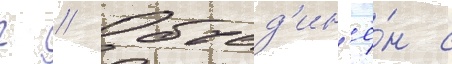
г // Объед'ин'ё́н с